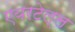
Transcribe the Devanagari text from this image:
एयरटेल्ल